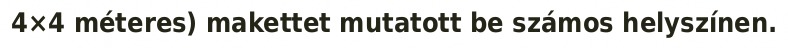
4×4 méteres) makettet mutatott be számos helyszínen.